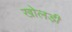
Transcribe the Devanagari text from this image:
खोलड़ी